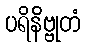
ပရိနိဗ္ဗုတံ